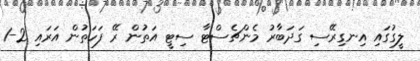
ލީގުގައި އިނގިރޭސި ގަދަބާރު މެންޗެސްޓާ ސިޓީ އަތުން ރޭ ފަހަތުން އަރައި 2-1